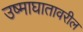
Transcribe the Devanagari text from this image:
उष्माघातावरील